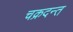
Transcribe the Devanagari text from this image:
चक्रदन्त